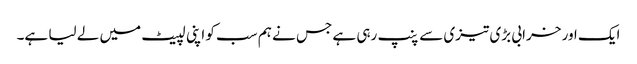
ایک اور خرابی بڑی تیزی سے پنپ رہی ہے جس نے ہم سب کو اپنی لپیٹ میں لے لیا ہے۔